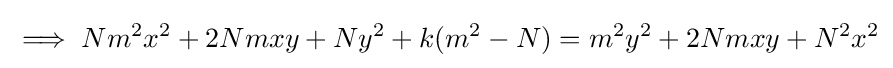
\implies Nm^{2}x^{2}+2Nmxy+Ny^{2}+k(m^{2}-N)=m^{2}y^{2}+2Nmxy+N^{2}x^{2}